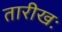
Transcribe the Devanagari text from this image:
तारीखः